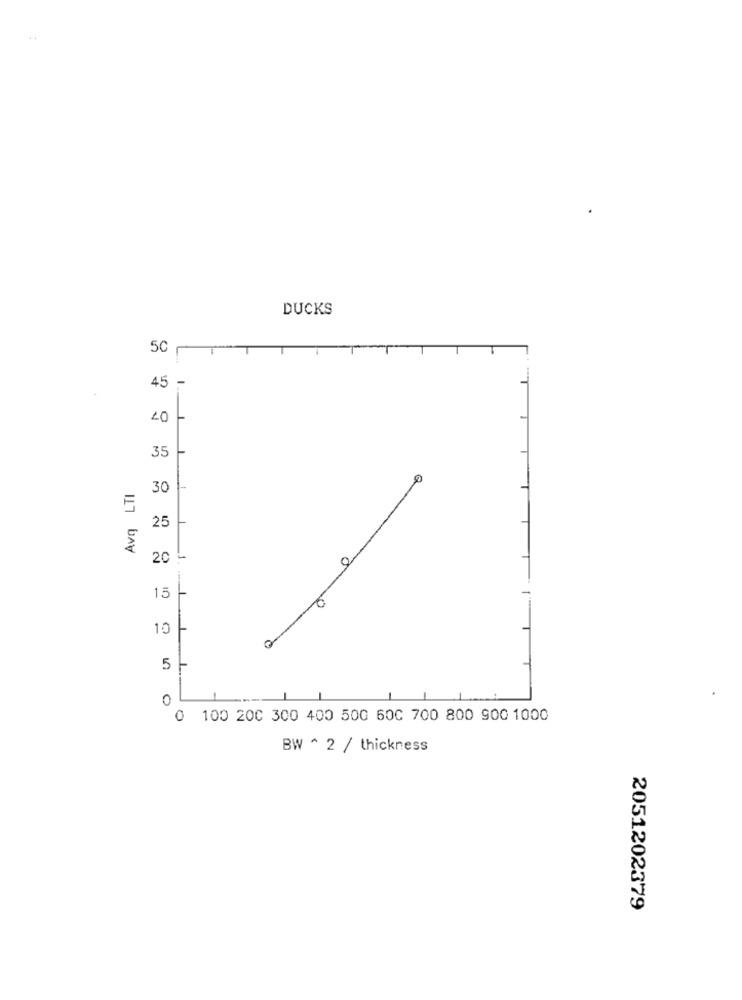
DUCKS
50
45 -
07
35
Avg LTI
30
25
20 !
0
-
15
10
5
0
0
100 200 300 400 500 60C 700 800 900 1000
BW ^ 2 / thickness
2051202379